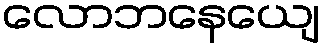
လောဘနေယျေ